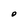
Character: O